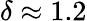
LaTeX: \delta\approx 1.2